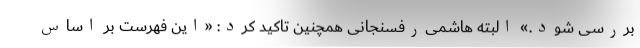
بررسی شود.» البته هاشمی‌رفسنجانی همچنین تاکید کرد: «این فهرست بر اساس